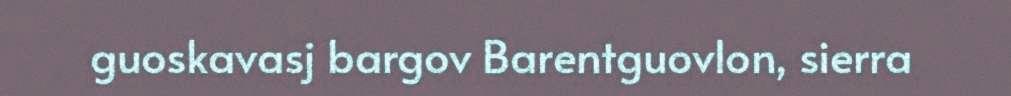
guoskavasj bargov Barentguovlon, sierra